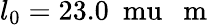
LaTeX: l_{0}=23.0~\mathrm{\ mu}\mathrm{~\textrm~{~m~}~}